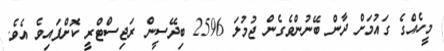
މީހެއްގެ ގައުމަށް ދާން ބޭނުންވެގެން ޖުމުލަ 2596 ބިދޭސީން ރަޖިސްޓްރީ ކޮށްފައިވެ އެވެ.